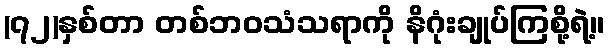
(၇၂)နှစ်တာ တစ်ဘဝသံသရာကို နိဂုံးချုပ်ကြစို့ရဲ့။